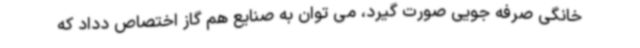
خانگی صرفه جویی صورت گیرد، می توان به صنایع هم گاز اختصاص دداد که